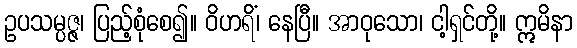
ဥပသမ္ပဇ္ဇ၊ ပြည့်စုံစေ၍။ ဝိဟရိံ၊ နေပြီ။ အာဝုသော၊ ငါ့ရှင်တို့။ ဣမိနာ